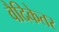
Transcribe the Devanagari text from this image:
वैदिकेतर